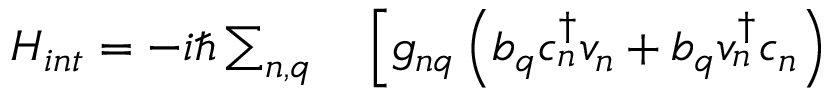
\begin{array} { r l } { H _ { i n t } = - i \hbar \sum _ { n , q } } & { { } \left[ g _ { n q } \left( b _ { q } c _ { n } ^ { \dagger } v _ { n } + b _ { q } v _ { n } ^ { \dagger } c _ { n } \right) \right. } \end{array}